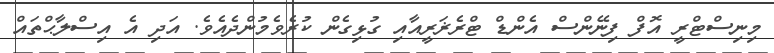
މިނިސްޓްރީ އޮފް ފިނޭންސް އެންޑް ޓްރެޜަރީއާއި ގުޅިގެން ކުރެވެމުންދެއެވެ. އަދި އެ އިސްލާޙްތައް